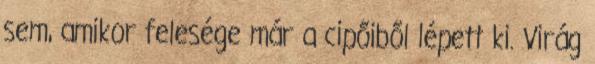
sem, amikor felesége már a cipőiből lépett ki. Virág